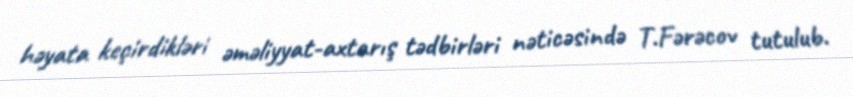
həyata keçirdikləri əməliyyat-axtarış tədbirləri nəticəsində T.Fərəcov tutulub.